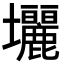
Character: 𡔓